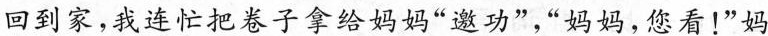
回到家，我连忙把卷子拿给妈妈”邀功”，”妈妈，您看！”妈